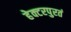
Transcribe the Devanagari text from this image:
हेक्टरपुरतं